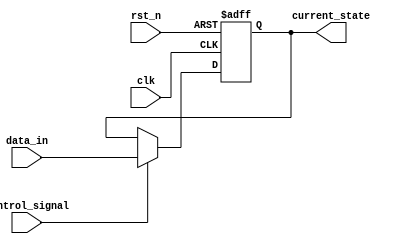
module hold_condition (
    input wire clk,            // Clock signal for synchronization
    input wire rst_n,         // Active low reset signal
    input wire control_signal, // Control signal to hold or update the state
    input wire [7:0] data_in,  // New value to be assigned to the state
    output reg [7:0] current_state // Current state of the system
);

    // Initialize the current state
    initial begin
        current_state = 8'b0; // Set initial state to 0
    end

    // Always block triggered on the rising edge of the clock
    always @(posedge clk or negedge rst_n) begin
        if (!rst_n) begin
            current_state <= 8'b0; // Reset current state to 0
        end else if (control_signal) begin
            current_state <= data_in; // Update current state with data input
        end 
        // If control_signal is low, current_state retains its previous value
    end

endmodule